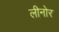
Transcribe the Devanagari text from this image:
लीनोर